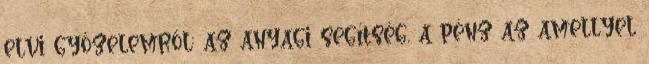
elvi győzelemről: az anyagi segítség, a pénz az amellyel